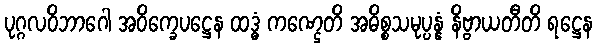
ပုဂ္ဂလဝိဘာဂေါ အဝိက္ခေပဋ္ဌေန ထဒ္ဓံ ကဏ္ဌေတိ အဓိစ္စသမုပ္ပန္နံ နိဗ္ဗာယတီတိ ရဋ္ဌေန